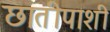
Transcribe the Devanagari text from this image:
छातीपाशी